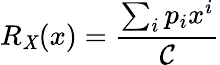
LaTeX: R_{\mathit{X}}(x)=\frac{{\sum_{i}^{}{p_{i}x^{i}}}}{{\mathcal{{C}}}}